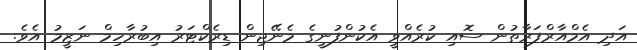
އަދި އެމްއާރްފަރާތުން ސޮއި ކުރެއްވީ އެކުންފުނީގެ މެނޭޖިން ޑިރެކްޓަރު އިބުރާހިމް ނަޒީމު އެވެ.